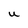
Character: U